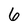
Character: 6